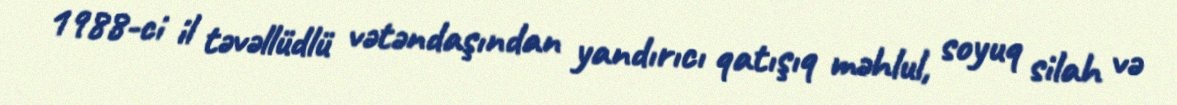
1988-ci il təvəllüdlü vətəndaşından yandırıcı qatışıq məhlul, soyuq silah və